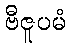
ဗီဇူပမံ